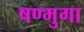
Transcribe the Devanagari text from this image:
षण्मुगा